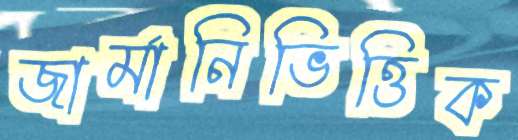
জার্মানিভিত্তিক